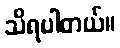
သိရပါတယ်။